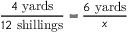
{ \frac { 4 \ { \mathrm { y a r d s } } } { 1 2 \ { \mathrm { s h i l l i n g s } } } } = { \frac { 6 \ { \mathrm { y a r d s } } } { x } }